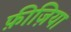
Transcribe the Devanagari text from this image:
फ़ीज़िया